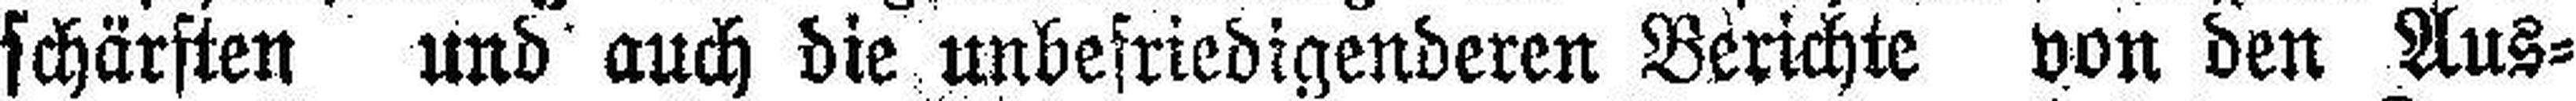
schärften und auch die unbefriedigenderen Berichte von den Aus¬